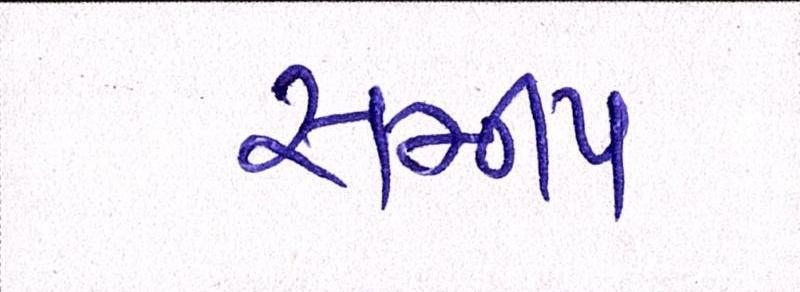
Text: સમીપ